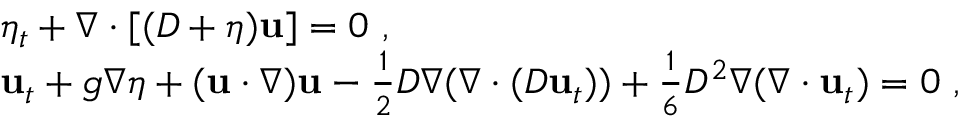
\begin{array} { r l } & { \eta _ { t } + \nabla \cdot [ ( D + \eta ) \mathbf { u } ] = 0 \ , } \\ & { { \bf u } _ { t } + g \nabla \eta + ( \mathbf { u } \cdot \nabla ) \mathbf { u } - \frac { 1 } { 2 } D \nabla ( \nabla \cdot ( D \mathbf { u } _ { t } ) ) + \frac { 1 } { 6 } D ^ { 2 } \nabla ( \nabla \cdot \mathbf { u } _ { t } ) = 0 \ , } \end{array}